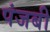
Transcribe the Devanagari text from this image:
पंजबी